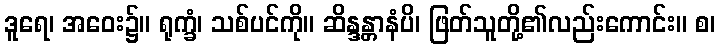
ဒူရေ၊ အဝေး၌။ ရုက္ခံ၊ သစ်ပင်ကို။ ဆိန္ဒန္တာနံပိ၊ ဖြတ်သူတို့၏လည်းကောင်း။ စ၊